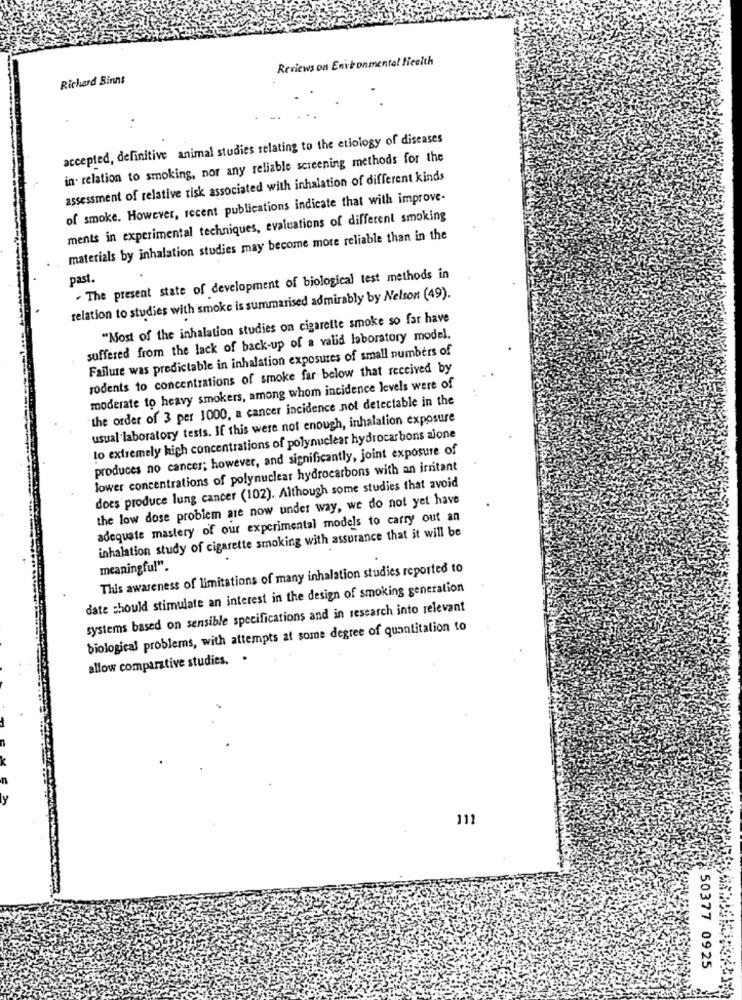
Reviews on Envbonmental Health
Richard Binns
accepted, definitive animal studies relating to the etiology of diseases
in relation to smoking, nor any reliable screening methods for the
assessment of relative risk associated with inhalation of different kinds
of smoke. However, recent publications indicate that with improve-
ments in experimental techniques, evaluations of different smoking
materials by inhalation studies may become more reliable than in the
past.
. The present state of development of biological test methods in
relation to studies with smoke is summarised admirably by Nelson (49).
"Most of the inhalation studies on cigarette smoke so far have
suffered from the lack of back-up of a valid laboratory model.
Failure was predictable in inhalation exposures of small numbers of
rodents to concentrations of smoke far below that received by
moderate to heavy smokers, among whom incidence levels were of
the order of 3 per 1000, a cancer incidence not detectable in the
usual laboratory tests. If this were not enough, inhalation exposure
lo extremely high concentrations of polynuclear hydrocarbons alone
produces no cancer; however, and significantly, joint exposure of
lower concentrations of polynuclear hydrocarbons with an irritant
does produce lung cancer (102). Although some studies that avoid
the low dose problem are now under way, we do not yet have
adequate mastery of our experimental models to carry out an
inhalation study of cigarette smoking with assurance that it will be
This awareness of limitations of many inhalation studies reported to
meaningful".
date should stimulate an interest in the design of smoking generation
systems based on sensible specifications and in research into relevant
biological problems, with attempts at some degree of quantitation to
allow comparative studies.
111
50377 0925